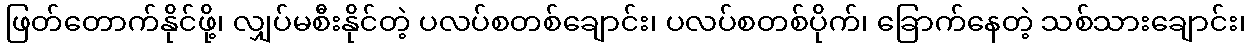
ဖြတ်တောက်နိုင်ဖို့၊ လျှပ်မစီးနိုင်တဲ့ ပလပ်စတစ်ချောင်း၊ ပလပ်စတစ်ပိုက်၊ ခြောက်နေတဲ့ သစ်သားချောင်း၊